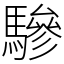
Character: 驂